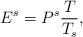
LaTeX: \begin{align*}E^s = P^s \frac{T}{T_s},\end{align*}